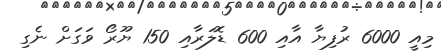
މިއީ 6000 ރުފިޔާ އާއި 600 ޑޮލަރާއި 150 ޔޫރޯ ވަގަށް ނެގި